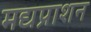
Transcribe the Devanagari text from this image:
मद्यप्राशन